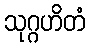
သုဂ္ဂဟိတံ